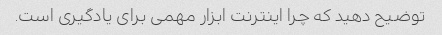
توضیح دهید که چرا اینترنت ابزار مهمی برای یادگیری است.